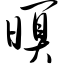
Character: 暝